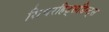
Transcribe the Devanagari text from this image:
सिचरहिट्सडिन्ट्स